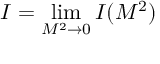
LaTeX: { \cal I } = \operatorname * { l i m } _ { M ^ { 2 } \rightarrow 0 } { \cal I } ( M ^ { 2 } )